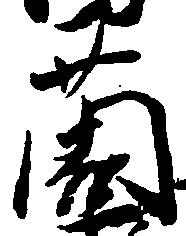
薗